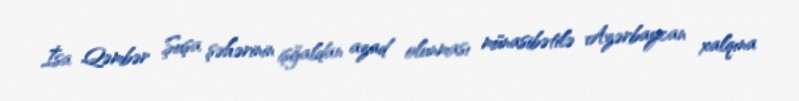
İsa Qəmbər Şuşa şəhərinin işğaldan azad olunması münasibətilə Azərbaycan xalqına